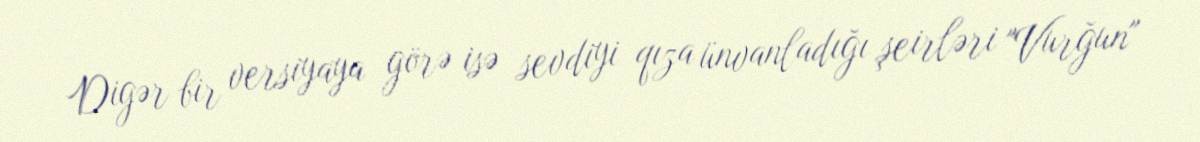
Digər bir versiyaya görə isə sevdiyi qıza ünvanladığı şeirləri "Vurğun"